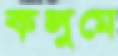
কলুমে